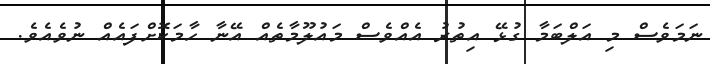
ނަމަވެސް މި އަލްބަމާ ގުޅޭ އިތުރު އެއްވެސް މައުލޫމާތެއް އޭނާ ހާމަކޮށްފައެެއް ނުވެއެވެ.